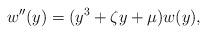
LaTeX: \begin{align*}w''(y) = (y^{3} + \zeta y + \mu)w(y),\end{align*}